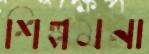
শিল্পমনা